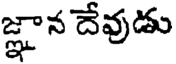
జ్ఞాన దేవుడు